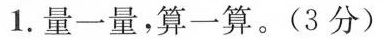
1. 量一量，算一算。(3分)